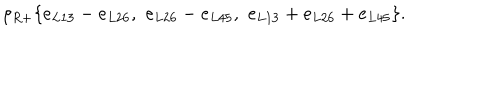
LaTeX: \rho _ { R + } \{ e _ { L 1 3 } - e _ { L 2 6 } , \, \, e _ { L 2 6 } - e _ { L 4 5 } , \, \, e _ { L 1 3 } + e _ { L 2 6 } + e _ { L 4 5 } \} .